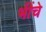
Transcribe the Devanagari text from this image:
भींचे